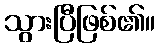
သွားပြီဖြစ်၏။